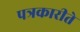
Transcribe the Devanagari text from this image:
पत्रकारीते